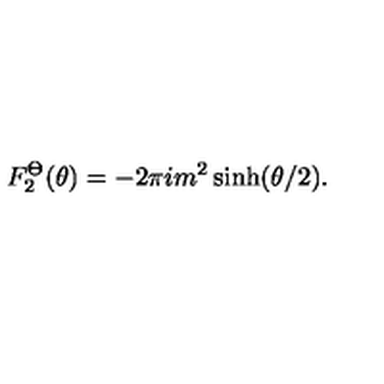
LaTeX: F _ { 2 } ^ { \Theta } ( \theta ) = - 2 \pi i m ^ { 2 } \sinh ( \theta / 2 ) .